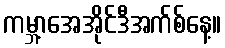
ကမ္ဘာ့အေအိုင်ဒီအက်စ်နေ့။